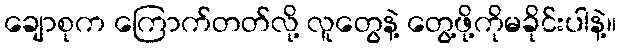
ချောစုက ကြောက်တတ်လို့ လူတွေနဲ့ တွေ့ဖို့ကိုမခိုင်းပါနဲ့။